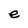
Character: e